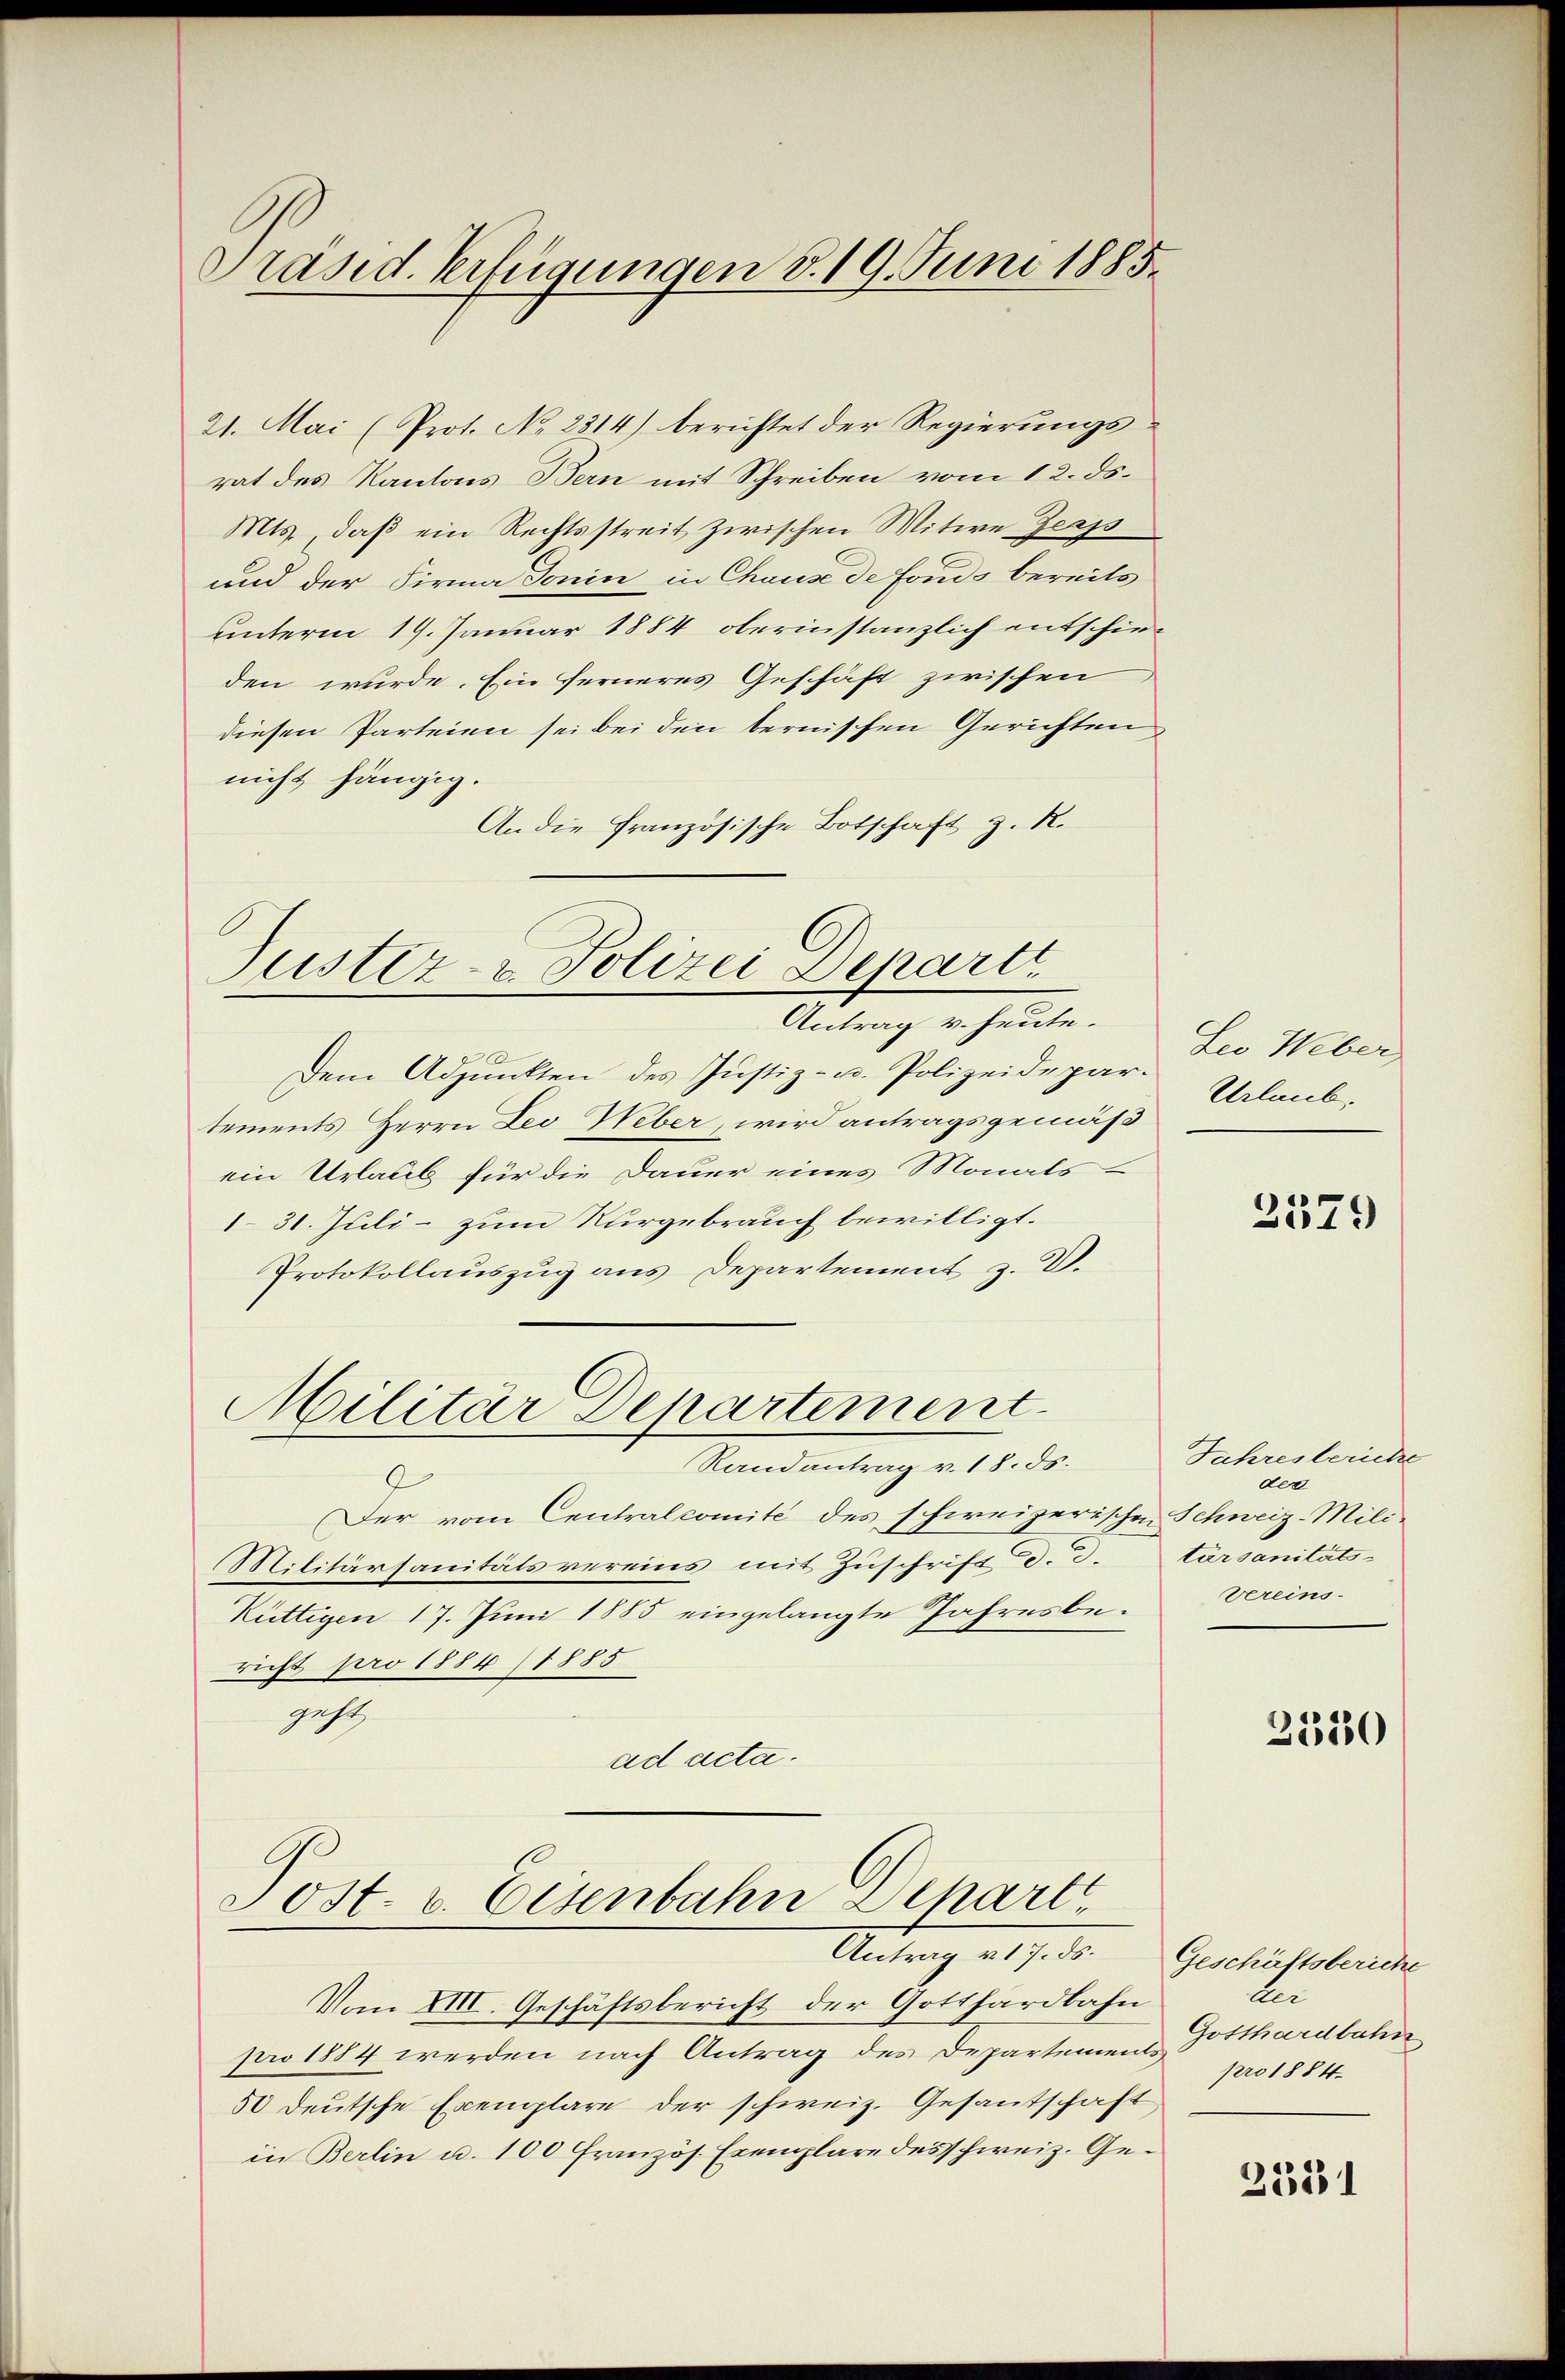
Präsid. Verfügungen d. 19. Juni 1885.

21. Mai (Prot. No 2314) berichtet der Regierungsrat des Kantons Bern mit Schreiben vom 12. ds.
Mts. daß ein Rechtsstreit zwischen Mitwe Zerps
und der Firma Donin in Chause de Fonds bereits
unterm 19. Januar 1884 oberinstanzlich entschieden wurde. Ein ferneres Geschäft zwischen
diesen Parteien sei bei den bernischen Gerichten
nicht hängig.
An die Französische Botschaft z. R.

Justiz- & Polizei Departi
Antrag v. heute.

Dem Adjunkten des Justiz- u. Polizeidepar
tements Herrn Leo Weber, wird antragsgemäß
ein Urlaub für die Dauer eines Monats
131. Juli - zum Nurgebrauch bewilligt.
Protokollauszug aus Departement z. B.
Randantrag v. 18. ds.
2
Der vom Centralcomite des schweizerischen Schweiz-Mili¬
Militärsanitätsvereins mit Zuschrift d. d.
Küttigen 17. Juni 1885 eingelangte Jahresbe-Vereins-
richt pro 1884 (1885
gest
ad acta.

Militär Departement

Post. v. Eisenbahn Separte
Antrag v. 17. ds.

Vom XIII. Geschäftsbericht der Gotthardbahn
pro 1884 werden nach Antrag des Departemen Gotthardbahn
50 deutsche Exemplare der schweiz. Gesantschaft,
in Berlin u. 100 Französ. Exemplare des schweiz. Ge¬

Leo Weber,
Urlaub.

2379

Jahresberiche
der
tärsanitäts

2530

Geschäftsberiche
ter
pro 1884.

2381